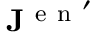
\mathbf { J } ^ { \mathrm { ~ e ~ n ~ } ^ { \prime } }